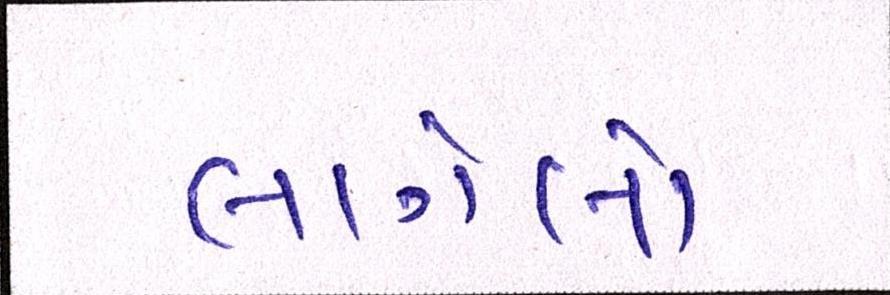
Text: લાગેલો